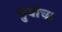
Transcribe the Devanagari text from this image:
ध्रुवांचा